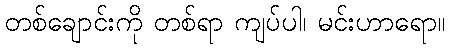
တစ်ချောင်းကို တစ်ရာ ကျပ်ပါ၊ မင်းဟာရော။